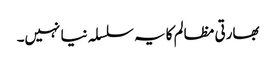
بھارتی مظالم کا یہ سلسلہ نیا نہیں۔